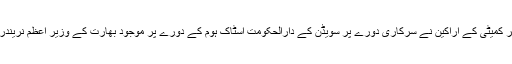
غیر ملکی میڈیاکے مطابق سویڈن کشمیر کمیٹی کے اراکین نے سرکاری دورے پر سویڈن کے دارالحکومت اسٹاک ہوم کے دورے پر موجود بھارت کے وزیر اعظم نریندر مودی کے خلاف احتجاجی مظاہرہ کیا۔